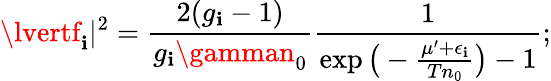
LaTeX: \lvertf_{\mathbf{i}}\rvert^{2}=\frac{{2(g_{\mathbf{i}}-1)}}{{g_{\mathbf{i}}\gamman_{0}}}\frac{{1}}{{\exp\big(-\frac{{\mu^{\prime}+\epsilon_{\mathbf{i}}}}{{Tn_{0}}}\big)-1}};